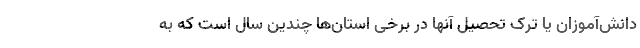
دانش‌آموزان یا ترک تحصیل آنها در برخی استان‌ها چندین سال است که به